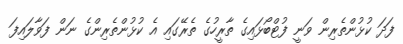
ފަދަ ކުޅުންތެެރިން ވަނީ ފުޓްބޯޅައިގެ ތާރީހުގެ ތެރޭގައި އެ ކުޅުންތެރިންގެ ނަން ފަވާލައިފަ